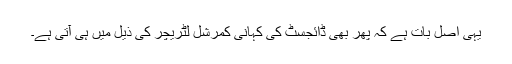
یہی اصل بات ہے کہ پھر بھی ڈائجسٹ کی کہانی کمرشل لٹریچر کی ذیل میں ہی آتی ہے۔